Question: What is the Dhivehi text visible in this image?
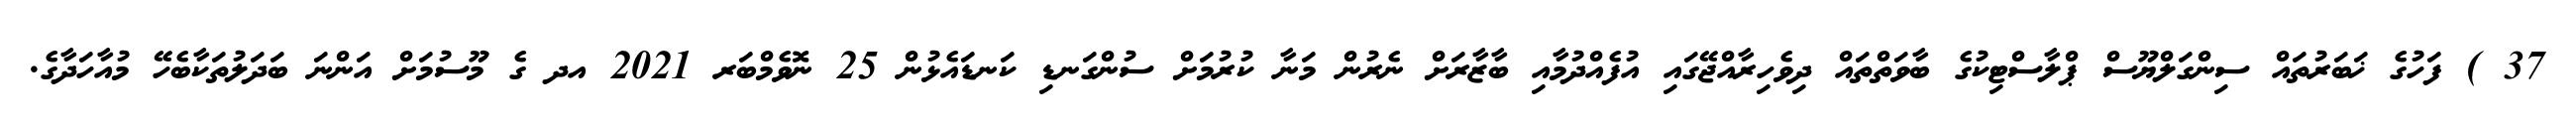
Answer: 37 ) ފަހުގެ ޚަބަރުތައް ސިންގަލްޔޫސް ޕްލާސްޓިކުގެ ބާވަތްތައް ދިވެހިރާއްޖޭގައި އުފެއްދުމާއި ބާޒާރަށް ނެރުން މަނާ ކުރުމަށް ސުންގަނޑި ކަނޑައެޅުން 25 ނޮވެމްބަރ 2021 އދ ގެ މޫސުމަށް އަންނަ ބަދަލުތަކާބެހޭ މުއާހަދާގެ.